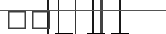
٨٨